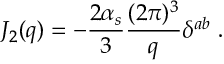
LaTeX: J _ { 2 } ( q ) = - { \frac { 2 \alpha _ { s } } { 3 } } { \frac { ( 2 \pi ) ^ { 3 } } { q } } \delta ^ { a b } \ .